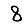
Digit: 8